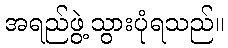
အရည်ဖွဲ့သွားပုံရသည်။